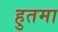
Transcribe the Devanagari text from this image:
हुतमा